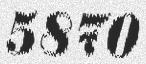
5870